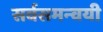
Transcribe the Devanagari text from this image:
सर्वसमन्‍वयी